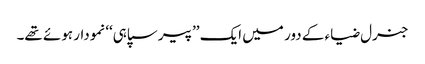
جنرل ضیاء کے دور میں ایک ’’پیرسپاہی‘‘ نمودار ہوئے تھے۔